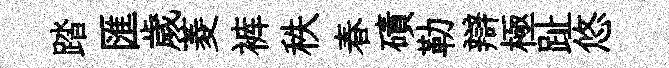
踏匯歲菱裤秩春磧勒辯極趾悠